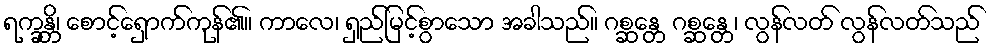
ရက္ခန္တိ၊ စောင့်ရှောက်ကုန်၏။ ကာလေ၊ ရှည်မြင့်စွာသော အခါသည်။ ဂစ္ဆန္တေ ဂစ္ဆန္တေ၊ လွန်လတ် လွန်လတ်သည်